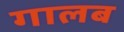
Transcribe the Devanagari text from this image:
गालब